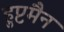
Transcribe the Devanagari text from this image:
हुप्टमैन